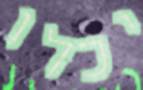
יכלו